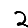
Digit: 2